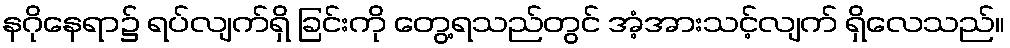
နဂိုနေရာ၌ ရပ်လျက်ရှိ ခြင်းကို တွေ့ရသည်တွင် အံ့အားသင့်လျက် ရှိလေသည်။